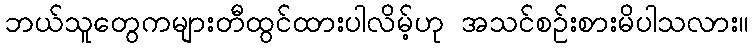
ဘယ်သူတွေကများတီထွင်ထားပါလိမ့်ဟု အသင်စဉ်းစားမိပါသလား။